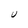
Character: U